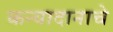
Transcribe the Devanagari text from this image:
कन्यादानाचे